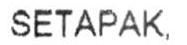
SETAPAK,